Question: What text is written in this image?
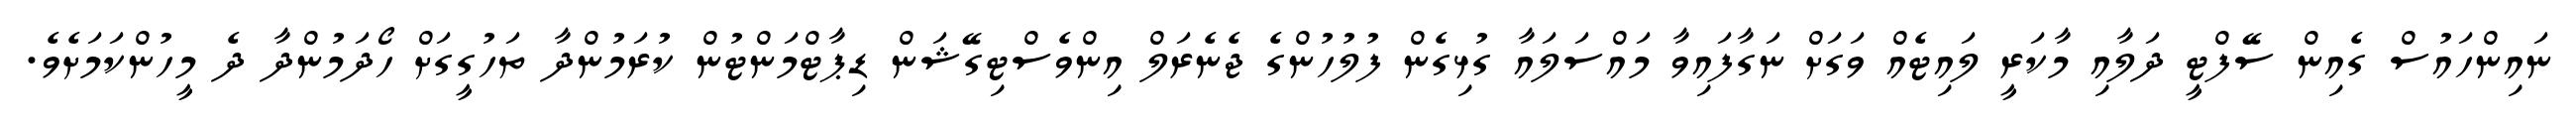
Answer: ނައިންހައުސް ގެއިން ސޭފްޓީ ދަލާއި މާކަރީ ލައިޓެއް ވަގަށް ނަގާފައިވާ މައްސަލައާ ގުޅިގެން ފުލުހުންގެ ޖެނެރަލް އިންވެސްޓިގޭޝަން ޑިޕާޓްމަންޓުން ކުރަމުންދާ ތަހުގީގަށް ހޯދަމުންދާ ދެ މީހުންކަމަށެވެ.